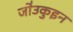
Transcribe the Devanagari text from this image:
जो॑उकुइन